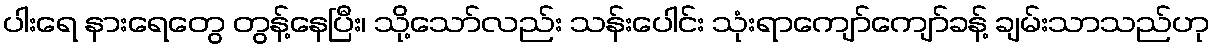
ပါးရေ နားရေတွေ တွန့်နေပြီး၊ သို့သော်လည်း သန်းပေါင်း သုံးရာကျော်ကျော်ခန့် ချမ်းသာသည်ဟု